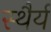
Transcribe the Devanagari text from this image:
स्‍थैर्य